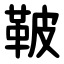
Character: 鞁